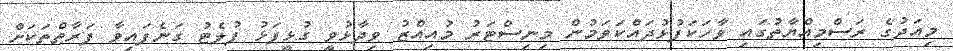
މިއަދުގެ ރަސްމިއްޔާތުގައި ވާހަކަފުޅުދައްކަވަމުން މިނިސްޓަރު މުއިއްޒު ވިދާޅުވީ ގުޅީފަޅު ފުލެޓު ގަނެފައިވާ ފަރާތްތަކަށް